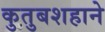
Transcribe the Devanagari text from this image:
कुतुबशहाने